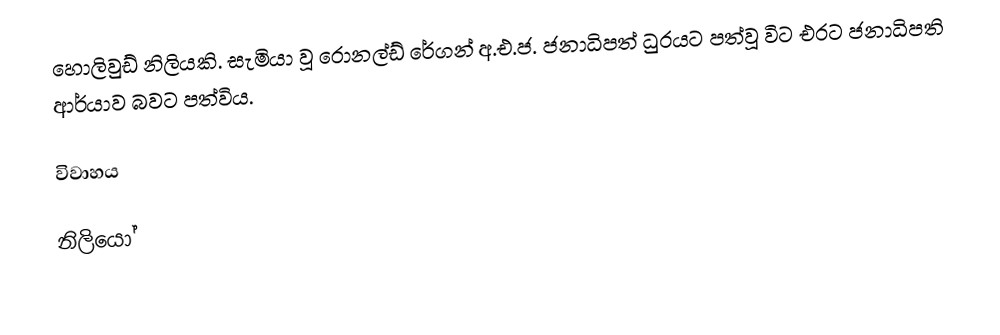
හොලිවුඩ් නිලියකි. සැමියා වූ රොනල්ඩ් රේගන් අ.එ.ජ. ජනාධිපත් ධුරයට පත්වූ විට එරට ජනාධිපති ආර්යාව බවට පත්විය.

විවාහය

නිලියෝ